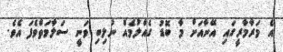
އެ މަރާމާރީގައި އޭނާއަށް މާ ބޮޑު ގެއްލުމެއް ނުލިބި ވަނީ ސަލާމަތްވެފަ އެވެ.